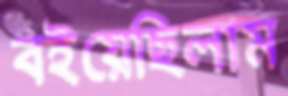
বইয়েছিলাম